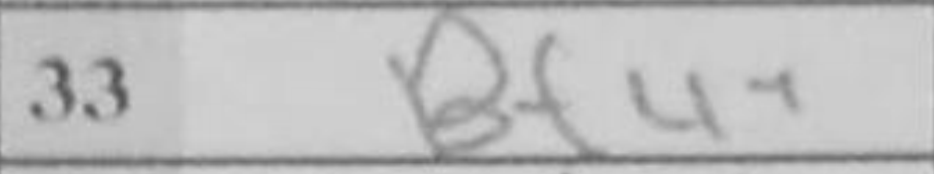
Transcription: Bf4+